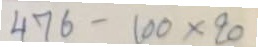
476 - 100 x 20